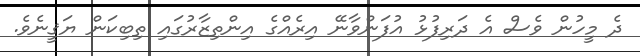
ދެ މީހުން ވެސް އެ ދަރިފުޅު އުފަންވާނޭ އިރެއްގެ އިންތިޒާރުގައި ތިބިކަން ޔަޤީނެވެ.